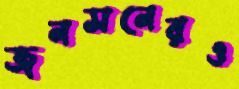
জনসনেরও